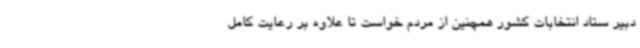
دبیر ستاد انتخابات کشور همچنین از مردم خواست تا علاوه بر رعایت کامل